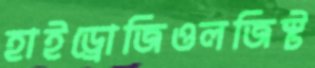
হাইড্রোজিওলজিস্ট